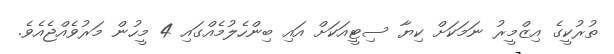
ތުރުކީގެ އިޒްމީރު ނަމަކަށް ކިޔާ ސިޓީއަކަށް އައި ބިންހެލުމެއްގައި 4 މީހުން މަރުވެއްޖެއެވެ.